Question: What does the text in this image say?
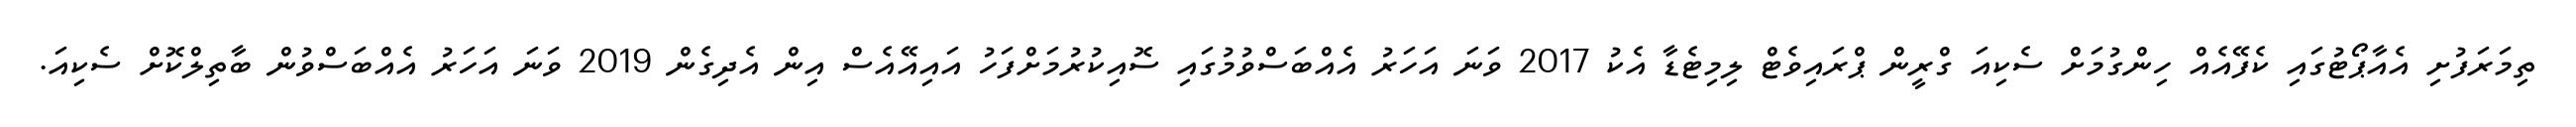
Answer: ތިމަރަފުށި އެއާޕޯޓުގައި ކެފޭއެއް ހިންގުމަށް ސެކިއަ ގްރީން ޕްރައިވެޓް ލިމިޓެޑާ އެކު 2017 ވަނަ އަހަރު އެއްބަސްވުމުގައި ސޮއިކުރުމަށްފަހު އައިއޭއެސް އިން އެދިގެން 2019 ވަނަ އަހަރު އެއްބަސްވުން ބާތިލްކޮށް ސެކިއަ.